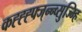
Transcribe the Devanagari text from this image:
कह्ह्ह्फ्ज्न्न्व्सुज्म्हि